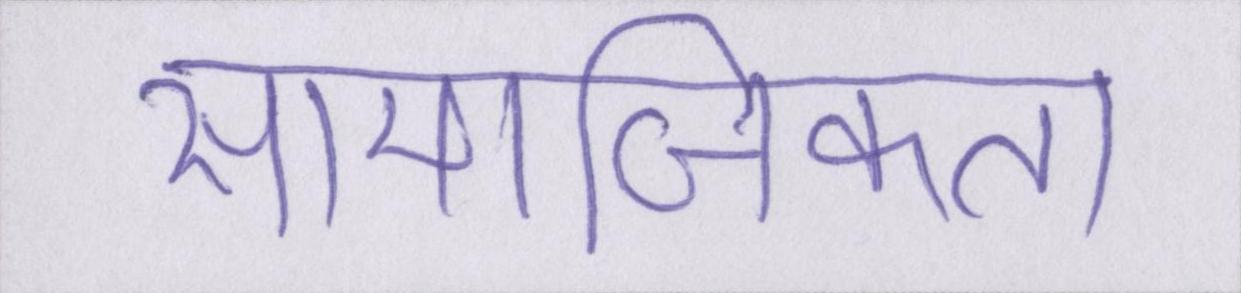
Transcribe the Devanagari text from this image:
सामाजिकता